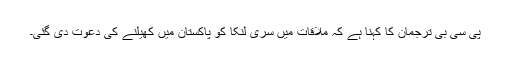
پی سی بی ترجمان کا کہنا ہے کہ ملاقات میں سری لنکا کو پاکستان میں کھیلنے کی دعوت دی گئی۔